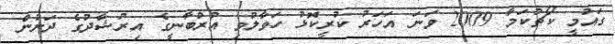
ގައުމީ ކޯޗުކަމާ 2009 ވަނަ އަހަރު ކުރީކޮޅު ހަވާލުވި އުރުބާނީގެ އިރުޝާދުގެ ދަށުން